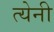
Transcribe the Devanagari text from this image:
त्येनी